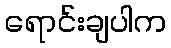
ရောင်းချပါက